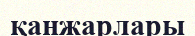
қанжарлары